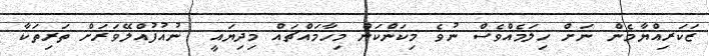
ޒަކަރިއްޔާމެން ނަށް ހިލަމެއްވެސް ނުވެ މިކަންކަން މިހާމައްޗައް މިދިޔައީ  ނުއުފުއްލޭވަރަށް ތަރިތަކާ